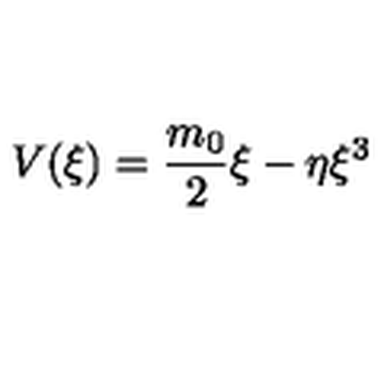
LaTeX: V ( \xi ) = \frac { m _ { 0 } } { 2 } \xi - \eta \xi ^ { 3 }